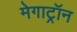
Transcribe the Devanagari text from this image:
मेगाट्रॉन